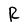
Character: R